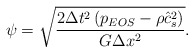
\begin{align*}\psi = \sqrt {\frac{{2\Delta {t^2}\left( {{p_{EOS}} - \rho \hat c_s^2} \right)}}{{G\Delta {x^2}}}} .\end{align*}